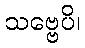
သဗ္ဗေပိ၊